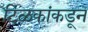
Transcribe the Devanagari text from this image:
टिळकांकडून